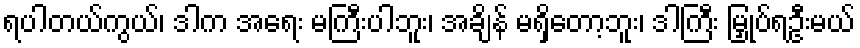
ရပါတယ်ကွယ်၊ ဒါက အရေး မကြီးပါဘူး၊ အချိန် မရှိတော့ဘူး၊ ဒါကြီး မြှုပ်ရဦးမယ်